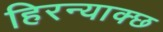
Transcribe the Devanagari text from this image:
हिरन्याक्छ